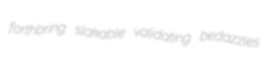
forthbring slakable validating bedazzles